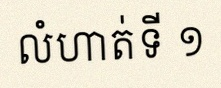
លំហាត់ទី ១